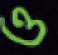
ও